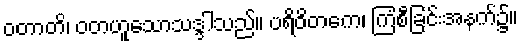
ဝတာတိ၊ ဝတဟူသောသဒ္ဒါသည်။ ပရိဝိတကေ၊ ကြံစီခြင်းအနက်၌။